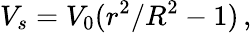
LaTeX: V_{s}=V_{0}(r^{2}/R^{2}-1)\, ,